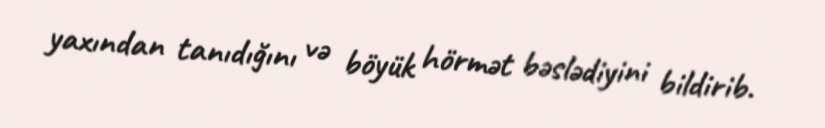
yaxından tanıdığını və böyük hörmət bəslədiyini bildirib.